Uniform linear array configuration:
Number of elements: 12
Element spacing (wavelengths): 0.75
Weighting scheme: uniform
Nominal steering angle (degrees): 60
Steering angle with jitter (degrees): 59.968
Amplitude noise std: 0.05
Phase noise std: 0.05

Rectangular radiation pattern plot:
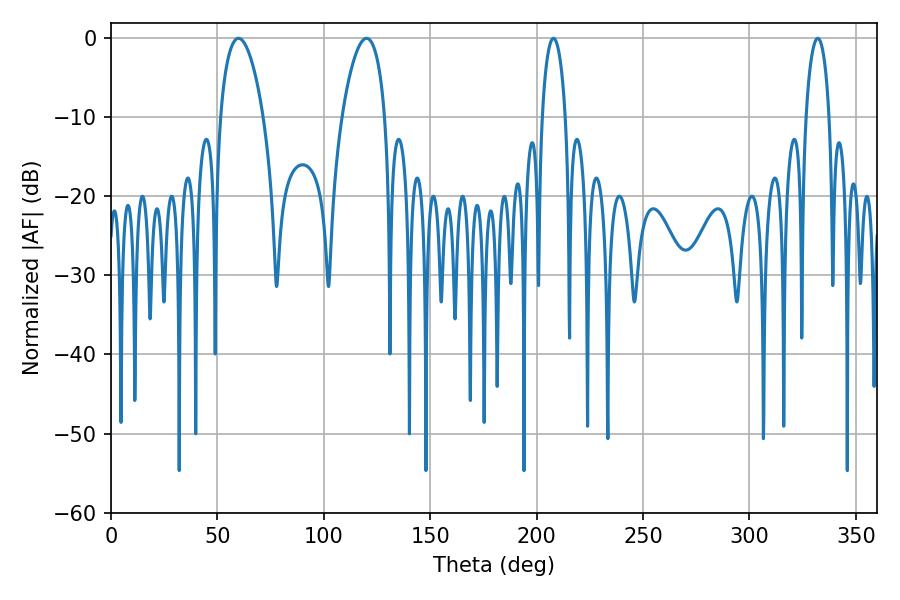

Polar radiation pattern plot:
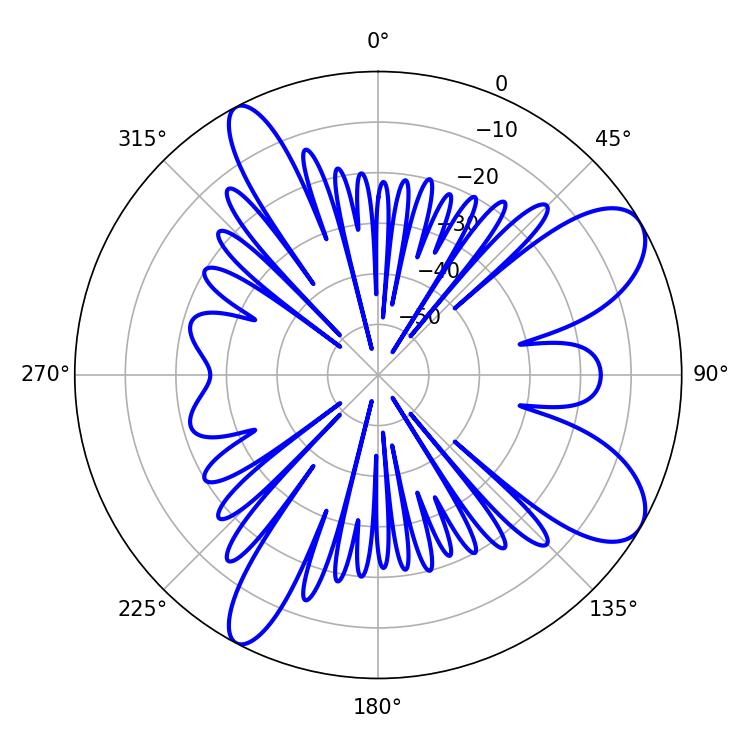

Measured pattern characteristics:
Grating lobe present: TRUE
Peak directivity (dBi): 8.921
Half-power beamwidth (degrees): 6.3
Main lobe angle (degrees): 207.9